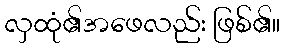
လှထုံ၏အဖေလည်း ဖြစ်၏။